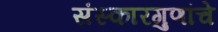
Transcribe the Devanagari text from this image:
संस्कारगुणांचे